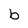
Character: b